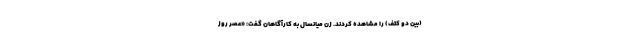
(بین دو کتف) را مشاهده کردند. زن میانسال به کارآگاهان گفت: «عصر روز